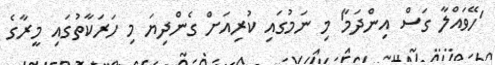
'ހޭވައްލާ ގަސް އިންދަމާ' މި ނަމުގައި ކުރިއަށް ގެންދިޔަ މި ހަރަކާތުގައި މީރާގެ